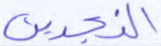
النجدين